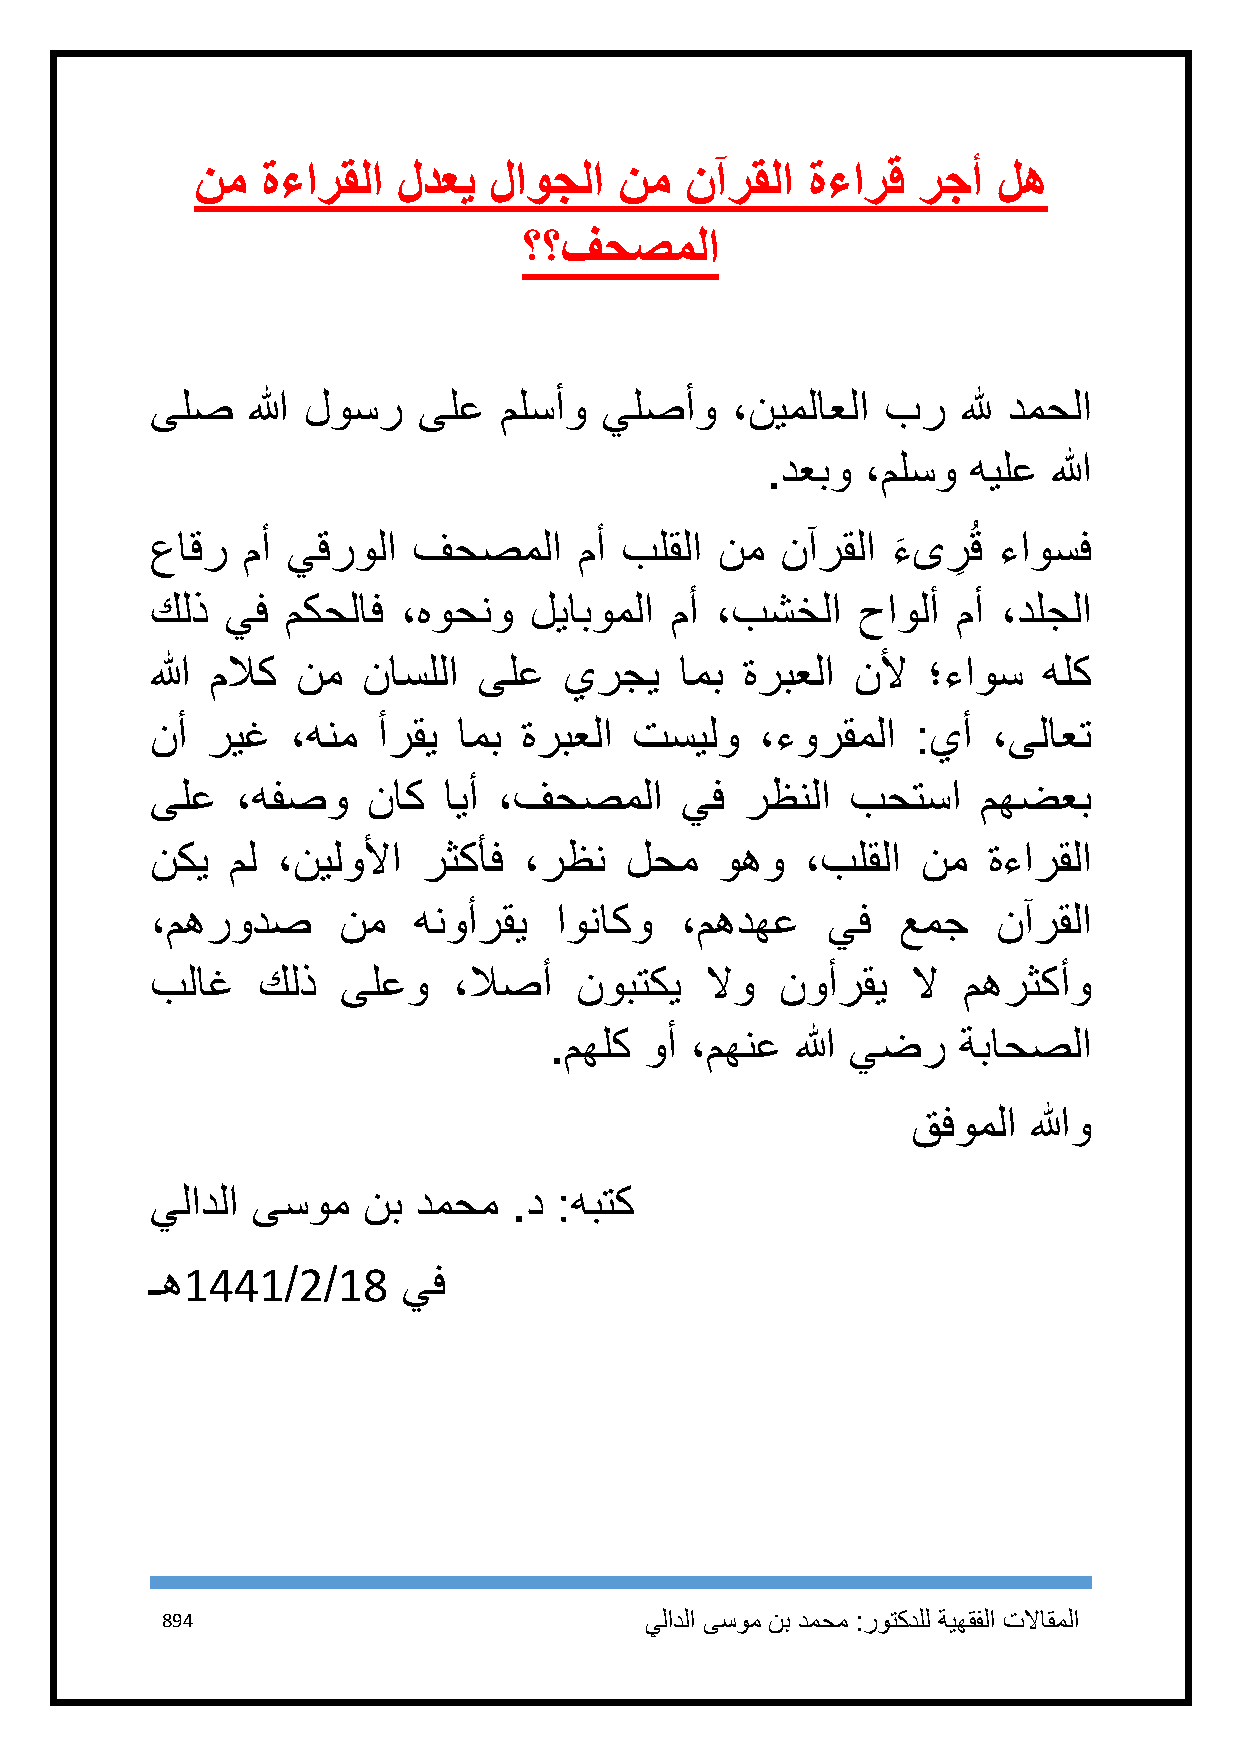
نم  ةءارقلا  لدعي  لاوجلا   نم  نآرقلا  ةءارق   رجأ  له
 ؟؟فحصملا
 ىلص   الله لوسر   ىلع  ملسأو  يلصأو   ،نيملاعلا  بر   لله دمحلا
 .دعبو ،ملسو  هيلع  الله
 ُ
 عاقر  مأ يقرولا  فحصملا     مأ بلقلا  نم  نآرقلا ءىرق   ءاوسف
 َ   ِ
 كلذ  يف  مكحلاف  ،هوحنو  ليابوملا مأ ،بشخلا    حاولأ مأ ،دلجلا
 الله ملاك نم  ناسللا  ىلع  يرجي    امب ةربعلا  نلأ ؛ءاوس   هلك
 نأ  ريغ  ،هنم  أرقي امب ةربعلا  تسيلو   ،ءورقملا   :يأ  ،ىلاعت
 ىلع   ،هفصو   ناك  ايأ ،فحصملا     يف  رظنلا  بحتسا    مهضعب
 نكي  مل ،نيلولأا  رثكأف  ،رظن  لحم    وهو  ،بلقلا  نم  ةءارقلا
 ،مهرودص     نم   هنوأرقي   اوناكو  ،مهدهع    يف  عمج    نآرقلا
 بلاغ   كلذ   ىلعو   ،لاصأ   نوبتكي   لاو  نوأرقي  لا  مهرثكأو
 .مهلك  وأ ،مهنع  الله يضر  ةباحصلا
 قفوملا  اللهو
 يلادلا ىسوم   نب دمحم   .د :هبتك
 ـه1441/2/18      يف
 894                             يلادلا ىسوم نب دمحم :روتكدلل ةيهقفلا تلااقملا